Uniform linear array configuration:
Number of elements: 24
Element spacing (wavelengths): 0.25
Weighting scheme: hamming
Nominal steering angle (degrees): -45
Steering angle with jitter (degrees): -45.621
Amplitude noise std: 0.05
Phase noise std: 0.05

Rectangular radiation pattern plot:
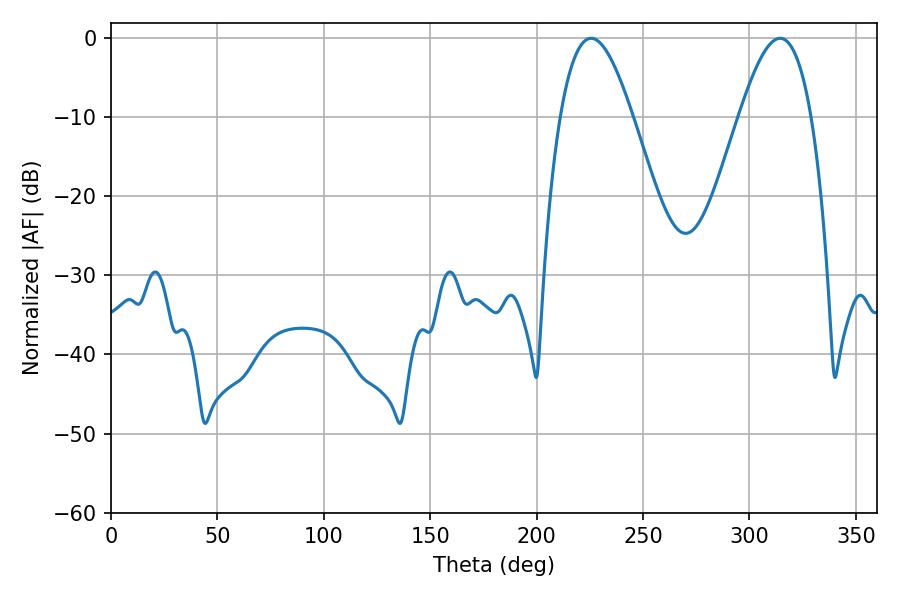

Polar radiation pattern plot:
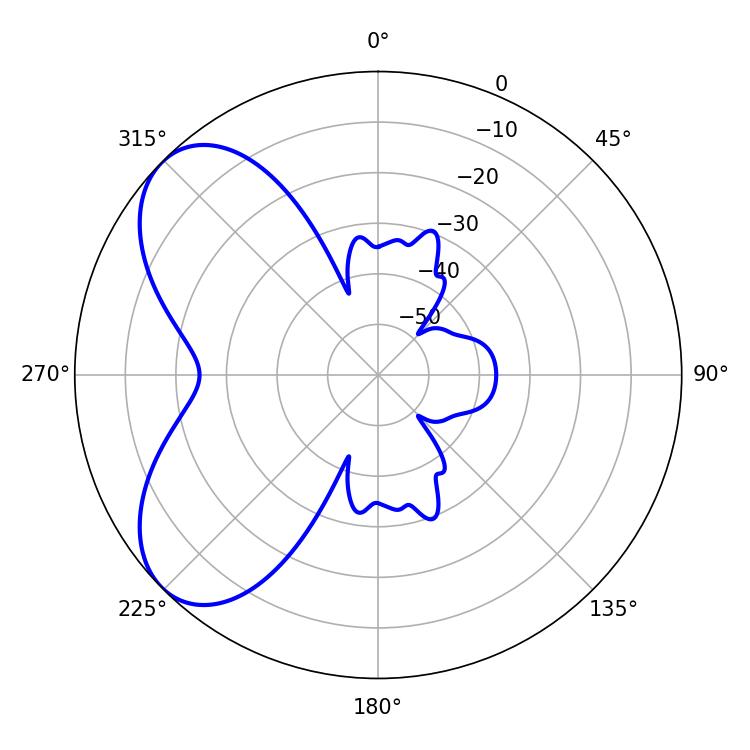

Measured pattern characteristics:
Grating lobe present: FALSE
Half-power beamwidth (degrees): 18.54
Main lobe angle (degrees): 225.54